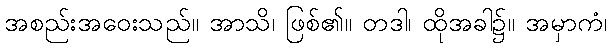
အစည်းအဝေးသည်။ အာသိ၊ ဖြစ်၏။ တဒါ၊ ထိုအခါ၌။ အမှာကံ၊